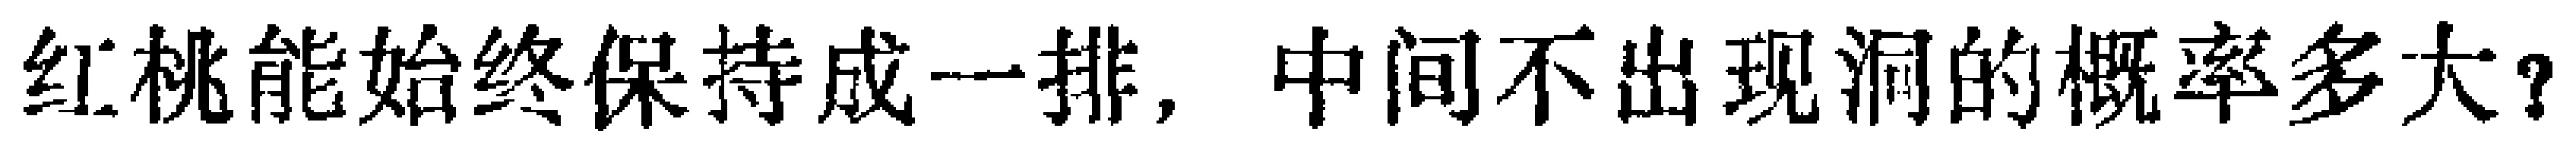
红桃能始终保持成一排，中间不出现洞的概率多大？